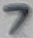
Text: 7